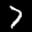
Label: 7